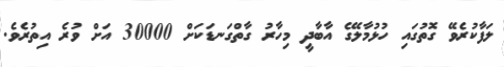
ލަފާކުރެވޭ ގޮތުގައި ހުޅުމާލޭގެ އާބާދީ މިހާރު ގާތްގަނޑަކަށް 30000 އަށް ވުރެ އިތުރެވެ.